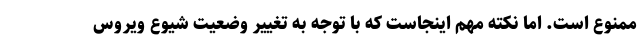
ممنوع است. اما نکته مهم اینجاست که با توجه به تغییر وضعیت شیوع ویروس